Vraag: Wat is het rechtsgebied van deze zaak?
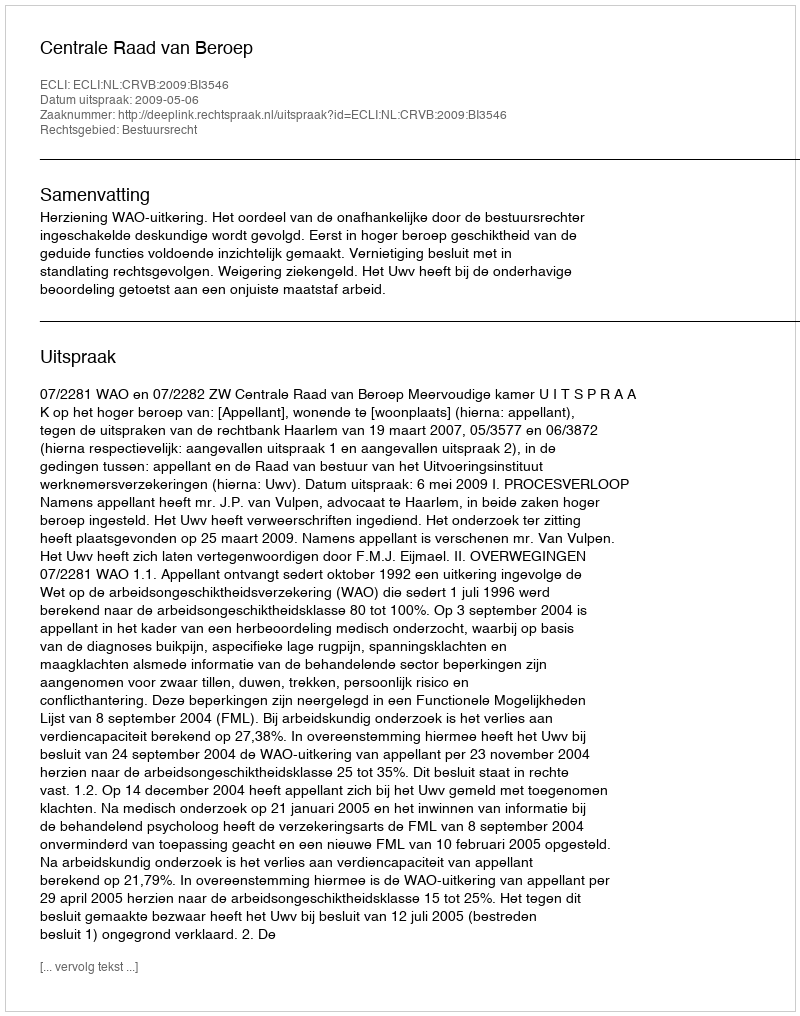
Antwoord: Bestuursrecht